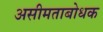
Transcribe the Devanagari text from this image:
असीमताबोधक